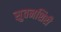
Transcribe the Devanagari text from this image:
सुवनशिरी